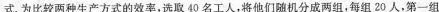
式.为比较两种生产方式的效率，选取40名工人，将他们随机分成两组，每组20人，第一组